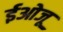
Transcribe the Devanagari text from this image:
ईओजू